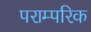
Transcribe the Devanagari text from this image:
पराम्परिक